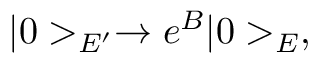
| 0 > _ { E ^ { \prime } } \rightarrow e ^ { \cal B } | 0 > _ { E } ,